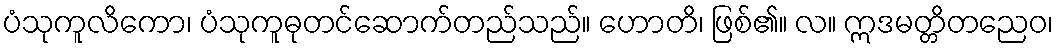
ပံသုကူလိကော၊ ပံသုကူဓုတင်ဆောက်တည်သည်။ ဟောတိ၊ ဖြစ်၏။ လ။ ဣဒမတ္တိတညေဝ၊